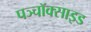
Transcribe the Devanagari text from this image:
पञ्चॉक्साइड